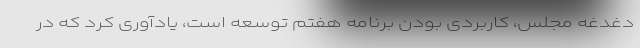
دغدغه مجلس، کاربردی بودن برنامه هفتم توسعه است، یادآوری کرد که در